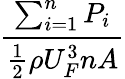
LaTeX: \frac{\sum_{i=1}^{n}P_{i}}{\frac{1}{2}\rho U_{F}^{3}nA}